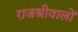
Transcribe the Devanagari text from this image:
राजश्रीवालों